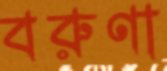
বরুণা